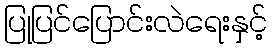
ပြုပြင်ပြောင်းလဲရေးနှင့်